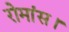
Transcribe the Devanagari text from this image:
रोमांस।